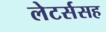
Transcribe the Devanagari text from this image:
लेटर्ससह